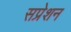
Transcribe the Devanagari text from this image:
सप्रेशन